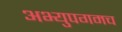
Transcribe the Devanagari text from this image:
अभ्युपगमच